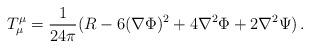
LaTeX: \begin{align*}T_{\mu }^{\mu }=\frac{1}{24\pi }(R-6(\nabla \Phi )^{2}+4\nabla ^{2}\Phi +2\nabla ^{2}\Psi )\,.\end{align*}